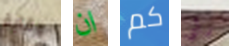
وقاية ان كم رأي